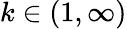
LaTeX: k\in(1,\infty)